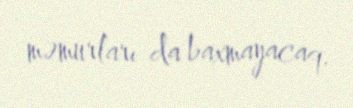
məmurları da baxmayacaq.